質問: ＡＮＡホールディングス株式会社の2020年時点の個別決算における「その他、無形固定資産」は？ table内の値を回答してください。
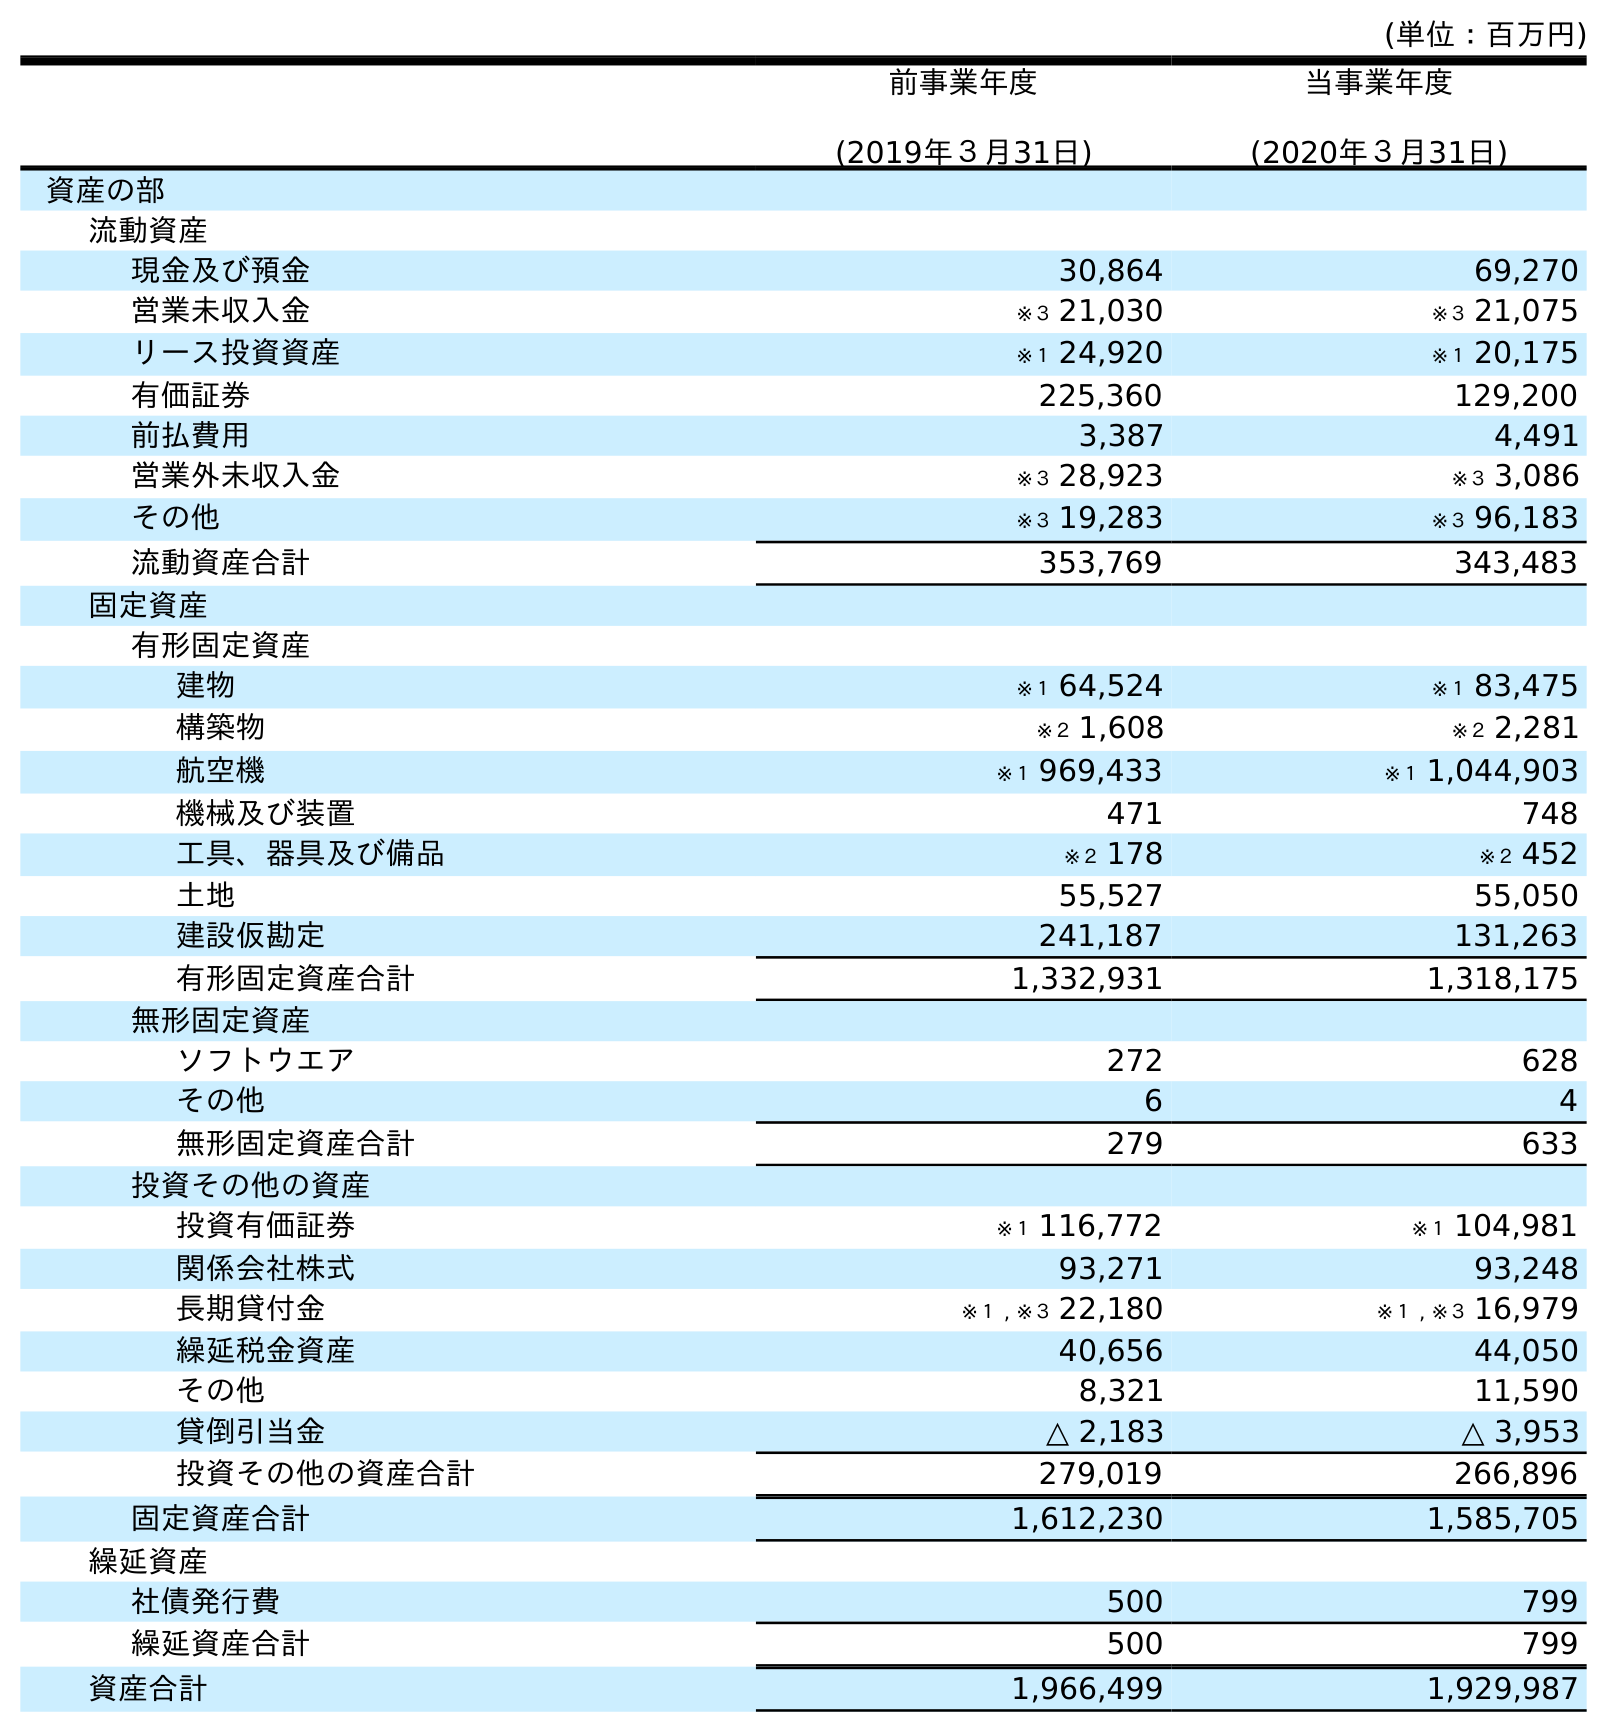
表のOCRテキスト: (単位：百万円) 前事業年度 (2019年３月31日) 当事業年度 (2020年３月31日) 資産の部 流動資産 現金及び預金 30,864 69,270 営業未収入金 ※３ 21,030 ※３ 21,075 リース投資資産 ※１ 24,920 ※１ 20,175 有価証券 225,360 129,200 前払費用 3,387 4,491 営業外未収入金 ※３ 28,923 ※３ 3,086 その他 ※３ 19,283 ※３ 96,183 流動資産合計 353,769 343,483 固定資産 有形固定資産 建物 ※１ 64,524 ※１ 83,475 構築物 ※２ 1,608 ※２ 2,281 航空機 ※１ 969,433 ※１ 1,044,903 機械及び装置 471 748 工具、器具及び備品 ※２ 178 ※２ 452 土地 55,527 55,050 建設仮勘定 241,187 131,263 有形固定資産合計 1,332,931 1,318,175 無形固定資産 ソフトウエア 272 628 その他 6 4 無形固定資産合計 279 633 投資その他の資産 投資有価証券 ※１ 116,772 ※１ 104,981 関係会社株式 93,271 93,248 長期貸付金 ※１ , ※３ 22,180 ※１ , ※３ 16,979 繰延税金資産 40,656 44,050 その他 8,321 11,590 貸倒引当金 △ 2,183 △ 3,953 投資その他の資産合計 279,019 266,896 固定資産合計 1,612,230 1,585,705 繰延資産 社債発行費 500 799 繰延資産合計 500 799 資産合計 1,966,499 1,929,987
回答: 4